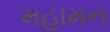
મહામન